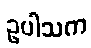
ဥပါသက